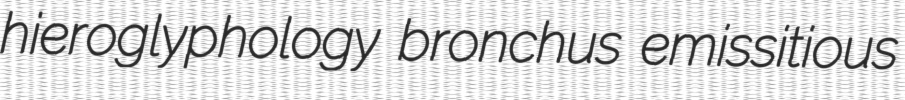
hieroglyphology bronchus emissitious